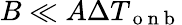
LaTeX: B\ll A\Delta T_{\mathrm{~o~n~b~}}